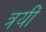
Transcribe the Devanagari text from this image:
त्रयीं